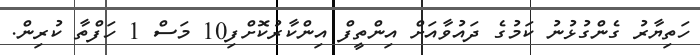
ހަތިޔާރު ގެންގުޅުނު ކަމުގެ ދައުވާއަށް އިންތީފް އިންކާރުކޮށްފިި10 މަސް 1 ހަފްތާ ކުރިން.